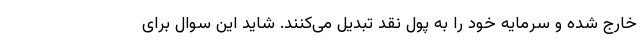
خارج شده و سرمایه خود را به پول نقد تبدیل می‌کنند. شاید این سوال برای